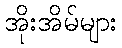
အိုးအိမ်များ